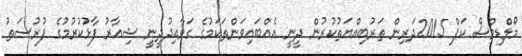
މޯލްޑިވްސް ކަޕް 2015ދަރިން ތަރުބިއްޔަތުކުރުން ދީނީ އެއްބައިވަންތަކަމުގެ ގަވާއިދުދީނީ ޝިއާރު ފާޅުކުރުމުގެ ފުރުސަތު